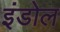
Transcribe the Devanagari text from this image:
इंडोल